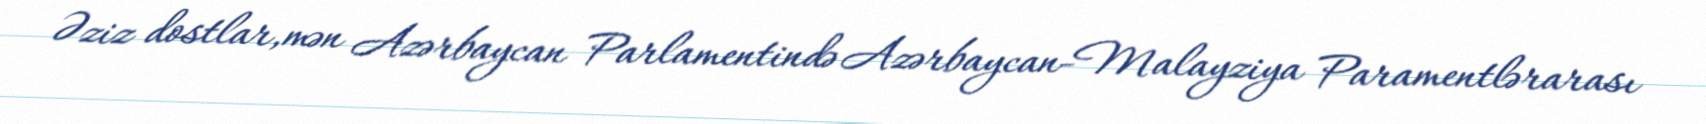
Əziz dostlar,mən Azərbaycan Parlamentində Azərbaycan-Malayziya Paramentlərarası